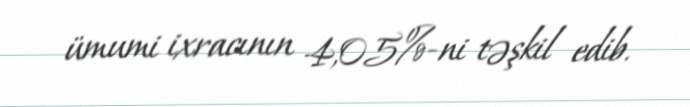
ümumi ixracının 4,05%-ni təşkil edib.